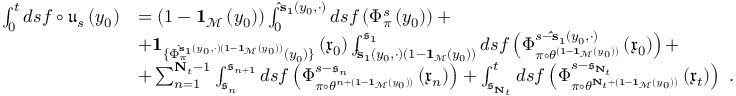
\begin{array} { r l } { \int _ { 0 } ^ { t } d s f \circ \mathfrak { u } _ { s } \left( y _ { 0 } \right) } & { = \left( 1 - \mathbf { 1 } _ { \mathcal { M } } \left( y _ { 0 } \right) \right) \int _ { 0 } ^ { \mathbf { \hat { s } } _ { 1 } \left( y _ { 0 } , \cdot \right) } d s f \left( \Phi _ { \pi } ^ { s } \left( y _ { 0 } \right) \right) + } \\ & { + \mathbf { 1 } _ { \{ \Phi _ { \pi } ^ { \mathbf { \hat { s } } _ { 1 } \left( y _ { 0 } , \cdot \right) \left( 1 - \mathbf { 1 } _ { \mathcal { M } } \left( y _ { 0 } \right) \right) } \left( y _ { 0 } \right) \} } \left( \mathfrak { x } _ { 0 } \right) \int _ { \mathbf { \hat { s } } _ { 1 } \left( y _ { 0 } , \cdot \right) \left( 1 - \mathbf { 1 } _ { \mathcal { M } } \left( y _ { 0 } \right) \right) } ^ { \mathfrak { s } _ { 1 } } d s f \left( \Phi _ { \pi \circ \theta ^ { \left( 1 - \mathbf { 1 } _ { \mathcal { M } } \left( y _ { 0 } \right) \right) } } ^ { s - \mathbf { \hat { s } } _ { 1 } \left( y _ { 0 } , \cdot \right) } \left( \mathfrak { x } _ { 0 } \right) \right) + } \\ & { + \sum _ { n = 1 } ^ { \mathbf { N } _ { t } - 1 } \int _ { \mathfrak { s } _ { n } } ^ { \mathfrak { s } _ { n + 1 } } d s f \left( \Phi _ { \pi \circ \theta ^ { n + \left( 1 - \mathbf { 1 } _ { \mathcal { M } } \left( y _ { 0 } \right) \right) } } ^ { s - \mathfrak { s } _ { n } } \left( \mathfrak { x } _ { n } \right) \right) + \int _ { \mathfrak { s } _ { \mathbf { N } _ { t } } } ^ { t } d s f \left( \Phi _ { \pi \circ \theta ^ { \mathbf { N } _ { t } + \left( 1 - \mathbf { 1 } _ { \mathcal { M } } \left( y _ { 0 } \right) \right) } } ^ { s - \mathfrak { s } _ { \mathbf { N } _ { t } } } \left( \mathfrak { x } _ { t } \right) \right) \ . } \end{array}